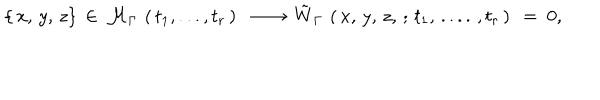
\{ \, x , \, y , \, z \} \, \in \, { \cal M } _ { \Gamma } \, \left( \, t _ { 1 } , . . . , t _ { r } \, \right) { } ~ ~ \longrightarrow ~ { \tilde { W } } _ { \Gamma } \, \left( \, x , \, y , \, z , \, ; \, t _ { 1 } , \, . . . . \, , t _ { r } \, \right) ~ = ~ 0 ,